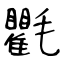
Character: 氍